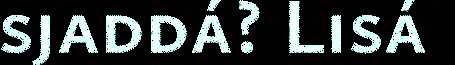
sjaddá? Lisá